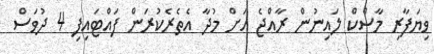
ވިޔަފާރި މާސްކް ލައިނުން ރާއްޖެ އަށް މުދާ އެތެރެކުރަން ފައްޓައިފި 4 ދުވަސް